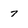
Character: 7